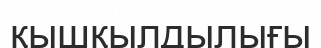
қышқылдылығы